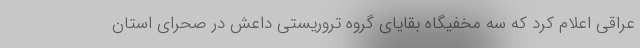
عراقی اعلام کرد که سه مخفیگاه بقایای گروه تروریستی داعش در صحرای استان